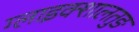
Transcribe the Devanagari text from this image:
ग्लाइक्शालतुङ